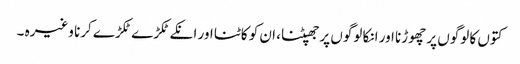
کتوں کا لوگوں پر چھوڑنا اور انکا لوگوں پر جھپٹنا، ان کو کاٹنا اور انکے ٹکڑے ٹکڑے کرنا وغیرہ ۔